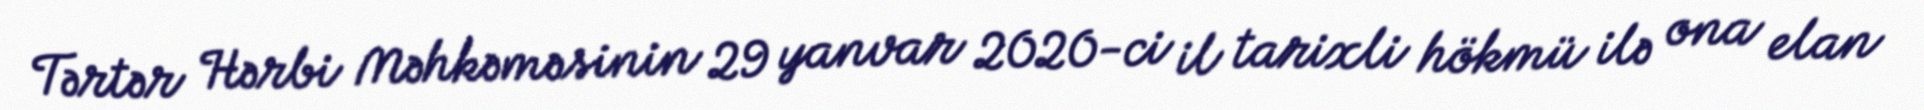
Tərtər Hərbi Məhkəməsinin 29 yanvar 2020-ci il tarixli hökmü ilə ona elan